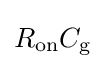
R_{\text{on}}C_{\text{g}}